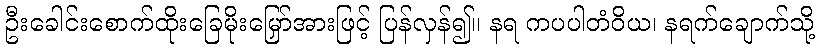
ဦးခေါင်းစောက်ထိုးခြေမိုးမြှော်အားဖြင့် ပြန်လှန်၍။ နရ ကပပါတံဝိယ၊ နရက်ချောက်သို့